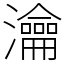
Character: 瀹